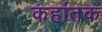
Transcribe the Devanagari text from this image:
कहांतक